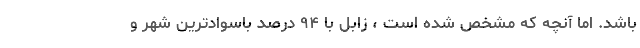
باشد. اما آنچه که مشخص شده است ، زابل با ۹۴ درصد باسوادترین شهر و